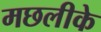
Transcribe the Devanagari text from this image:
मछलीके